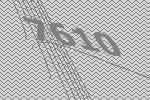
7610